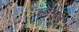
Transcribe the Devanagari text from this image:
जहाँसोज़